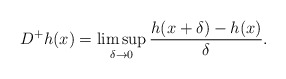
\begin{align*} D^+h(x)=\limsup\limits_{\delta\rightarrow0}\frac{h(x+\delta)-h(x)}{\delta}.\end{align*}